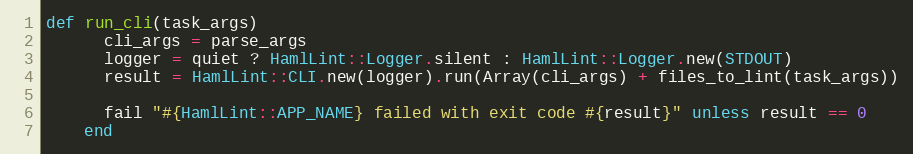
Language: Ruby
def run_cli(task_args)
      cli_args = parse_args
      logger = quiet ? HamlLint::Logger.silent : HamlLint::Logger.new(STDOUT)
      result = HamlLint::CLI.new(logger).run(Array(cli_args) + files_to_lint(task_args))

      fail "#{HamlLint::APP_NAME} failed with exit code #{result}" unless result == 0
    end